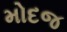
મોદજ